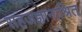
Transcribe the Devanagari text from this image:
सहजज्ञानाश्रित